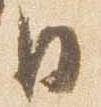
日